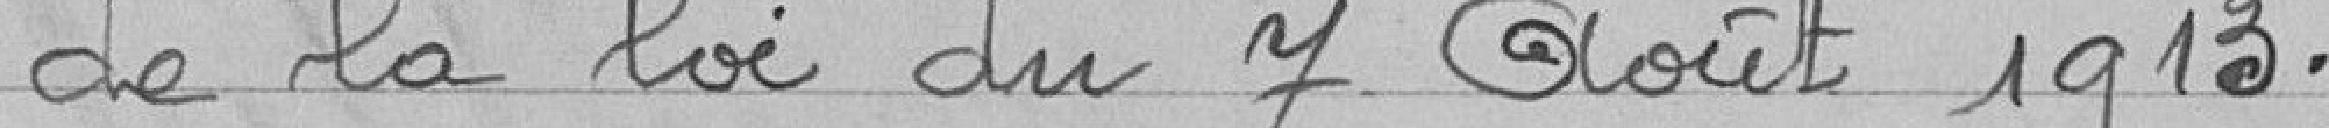
de la loi du 7 août 1913